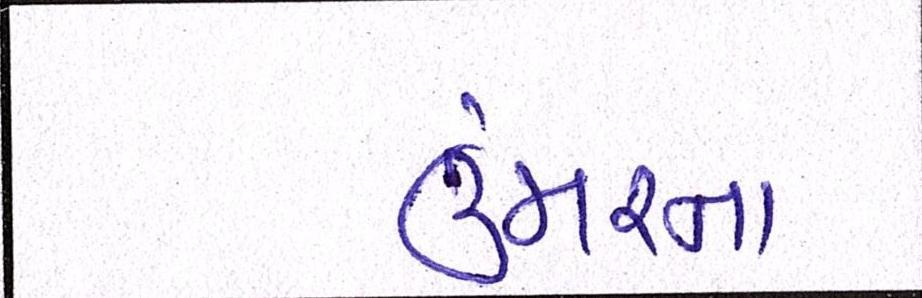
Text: ઉંમરના